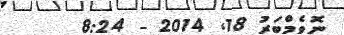
ނޮވެމްބަރު 18